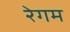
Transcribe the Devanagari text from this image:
रेगम